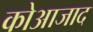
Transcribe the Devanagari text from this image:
कोआजाद